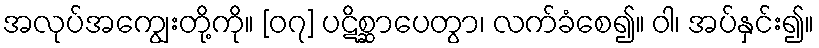
အလုပ်အကျွေးတို့ကို။ [၀၇] ပဋိစ္ဆာပေတွာ၊ လက်ခံစေ၍။ ဝါ၊ အပ်နှင်း၍။